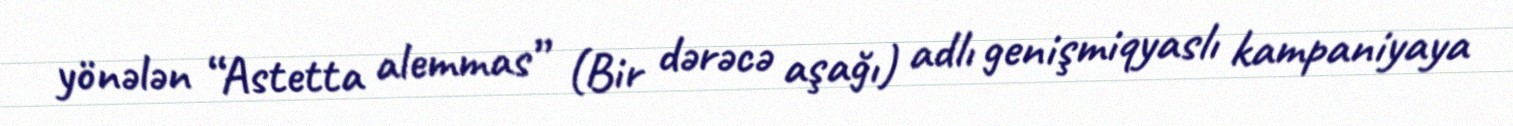
yönələn “Astetta alemmas” (Bir dərəcə aşağı) adlı genişmiqyaslı kampaniyaya